Laimjala_vallavalitsus, lk 14
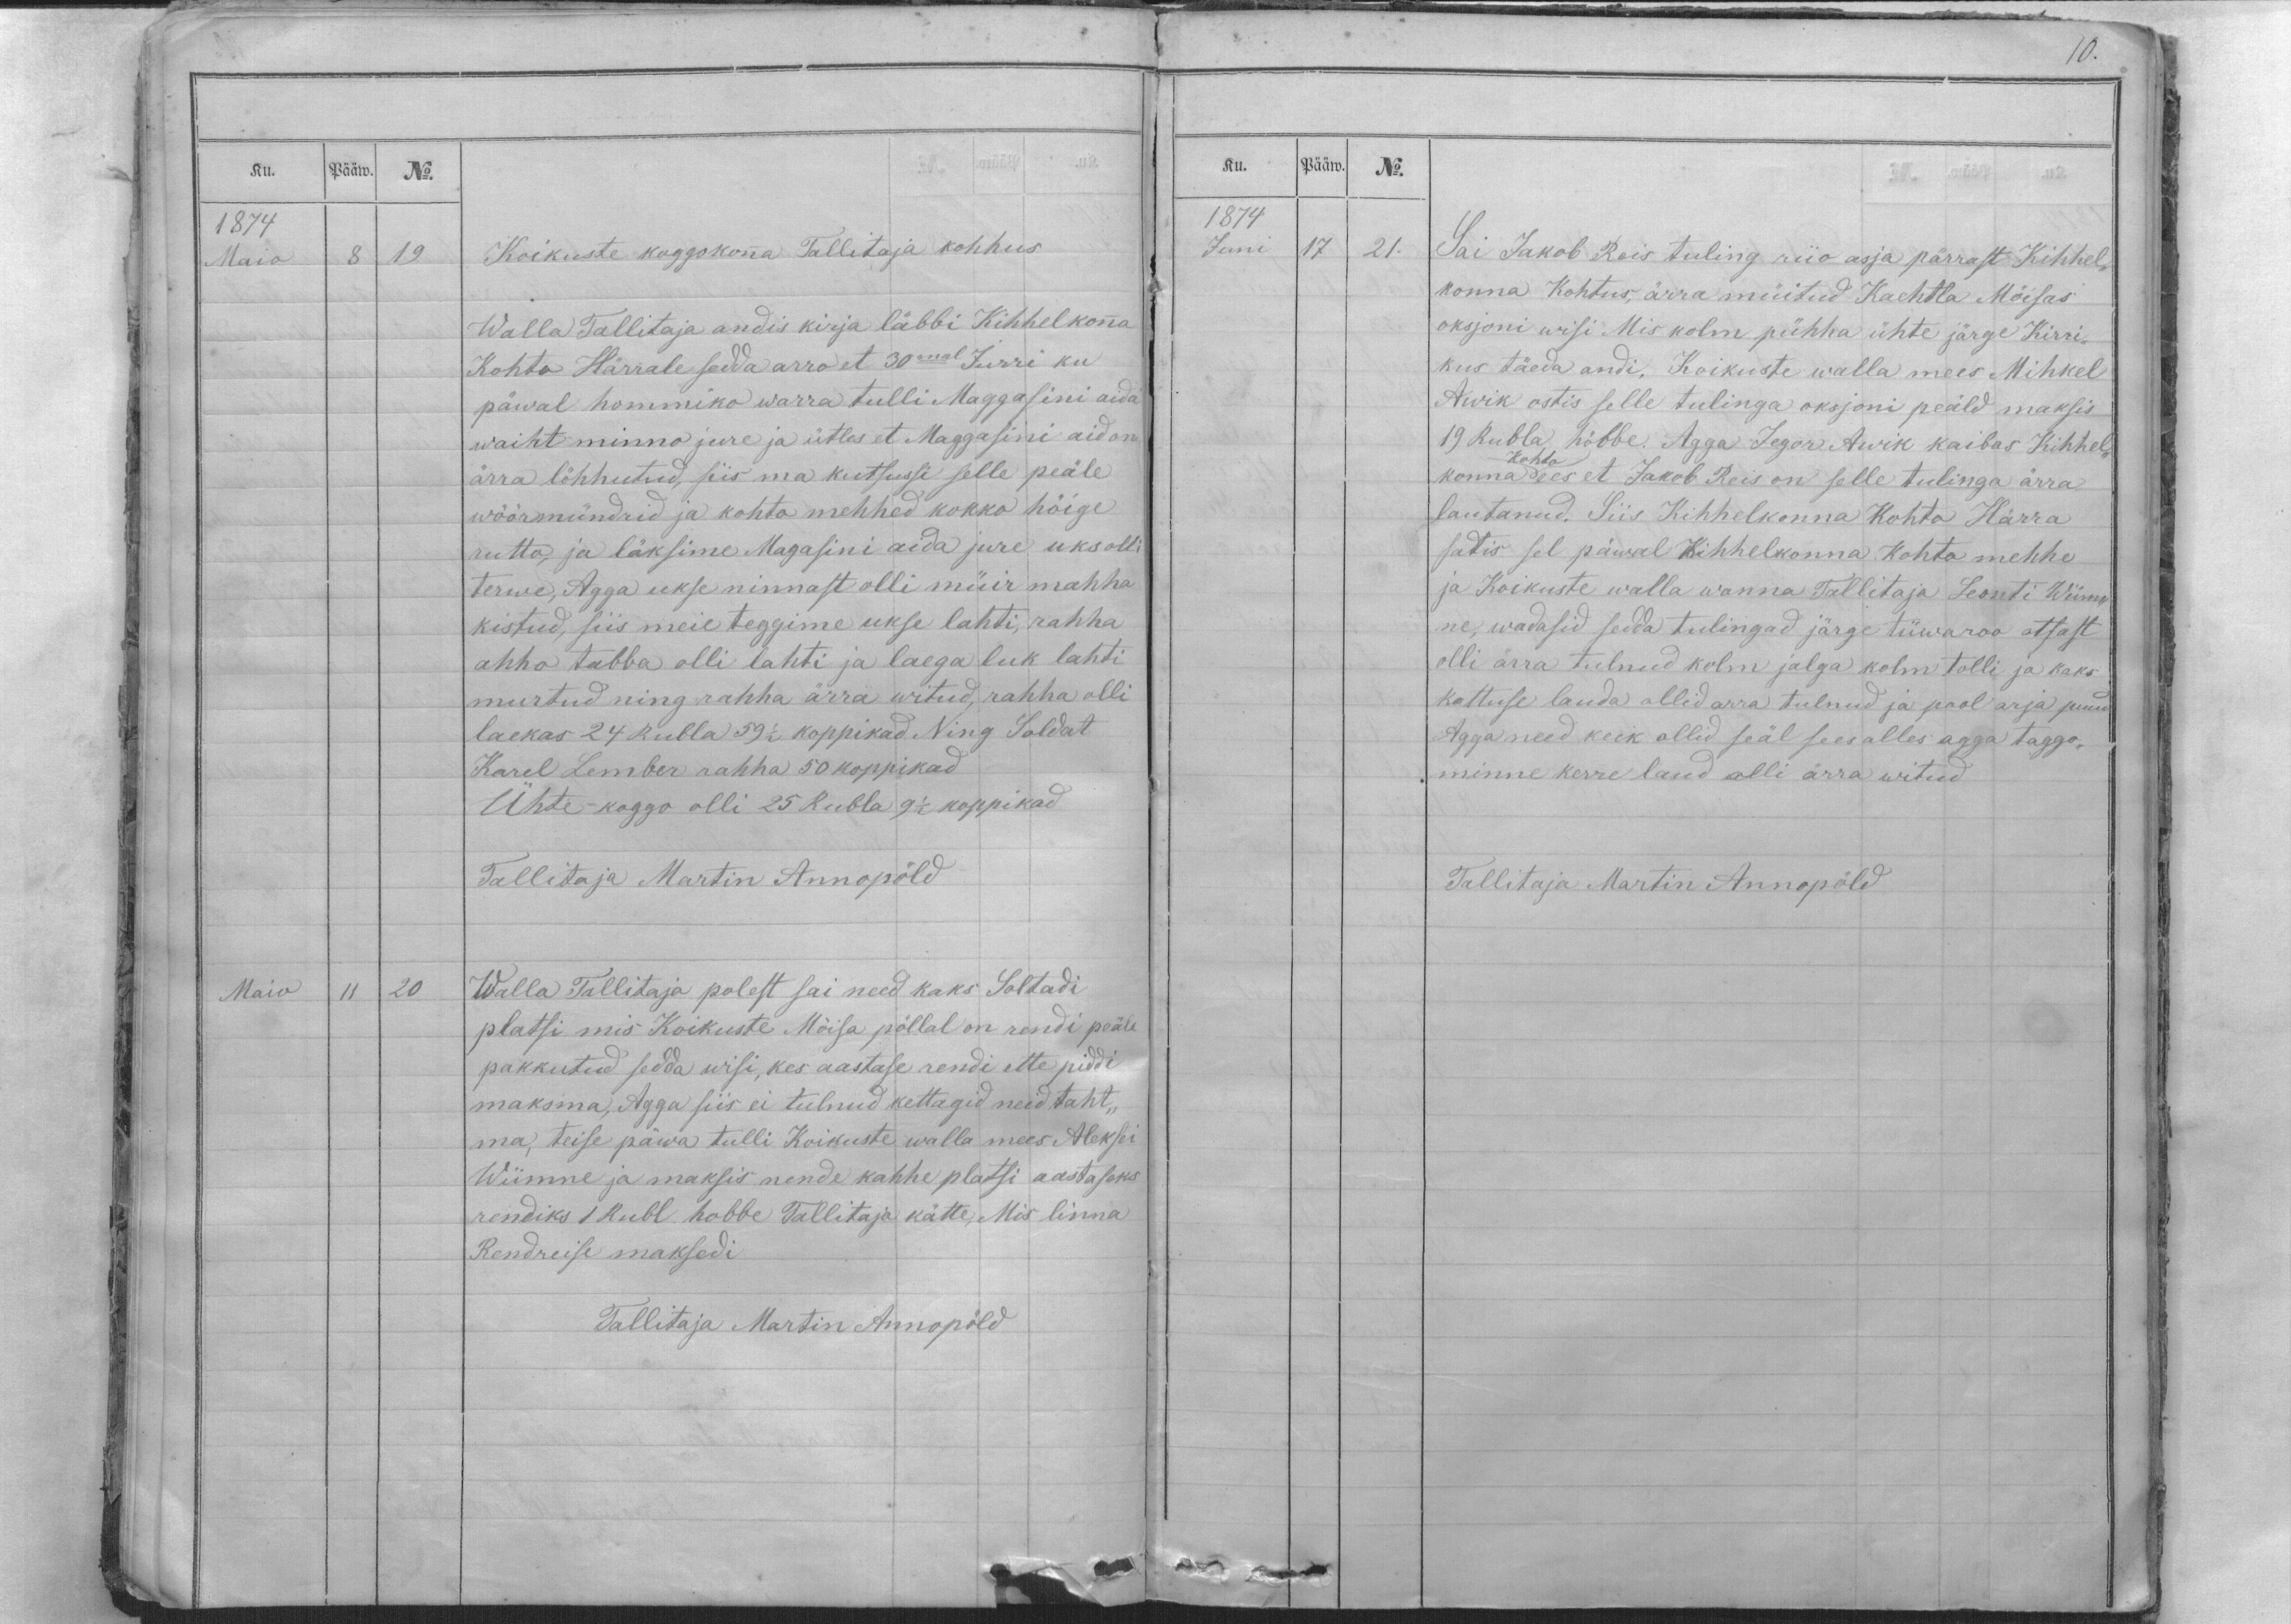
Ku.
Pääw.
No.
1874
Maio
8
19
Koikuste koggokonna Tallitaja kohhus
Walla Tallitaja andis kirja läbbi Kihhelkonna
Kohto Härrale sedda arro et 30mal Jurri ku
päwal hommiko warra tulli Maggasini aida
waiht minno jure ja ütles et Maggasini aid on
ärra löhhutud, siis ma kutsussi selle peäle
wöörmündrid ja kohto mehhed kokko höige
rutto, ja läksime Magasini aida jure uks olli
terwe, Agga ukse ninnast olli müir mahha
kistud, siis meie teggime ukse lahti, rahha
ahho tabba olli lahti ja laega luk lahti
murtud ning rahha ärra witud, rahha olli
laekas 24 Rubla 59 1/2 koppikad. Ning Soldat
Karel Lember rahha 50 koppikad
Ühte koggo olli 25 Rubla 9 1/2 koppikad
Tallitaja Martin Annopöld
Maio
11
20
Walla Tallitaja polest sai need kaks Soltadi
platsi mis Koikuste Mõisa pöllal on rendi peäle
pakkutud sedda wisi, kes aastase rendi ette piddi
maksma, Agga siis ei tulnud kettagid neid taht-
ma, teise päwa tulli Koikuste walla mees Aleksei
Wiimne ja maksis nende kahhe platsi aastaseks
rendiks 1 Rubl hobbe Tallitaja kätte, Mis linna
Rendreise maksedi
Tallitaja Martin Annopöld

10.
Ku.
Pääw.
No.
1874
Juni
17
21.
Sai Jakob Reis tuling riio asja pärrast Kihhel-
konna Kohtus, ärra müitud Kaehtla Möisas
oksjoni wisi Mis kolm pühha ühte järge Kirri-
kus täeda andi, Koikuste walla mees Mihkel
Awik ostis selle tulinga oksjoni peäld maksis
19 Rubla höbbe. Agga Jegor Awik kaibas Kihhel-
kohto
konna ees et Jakob Reis on selle tulinga ärra
lautanud. Siis Kihhelkonna Kohto Härra
satis sel päwal Kihhelkonna Kohto mehhe
ja Koikuste walla wanna Tallitaja Leonti Wiim-
ne, wadasid sedda tulingad järge tiiwaroo otsast
olli ärra tulnud kolm jalga kolm tolli ja kaks
kattuse lauda ollid arra tulnud ja pool arja puud
Agga need keik ollid seäl sees alles agga taggo-
minne kerre laud olli ärra witud
Tallitaja Martin Annopöld